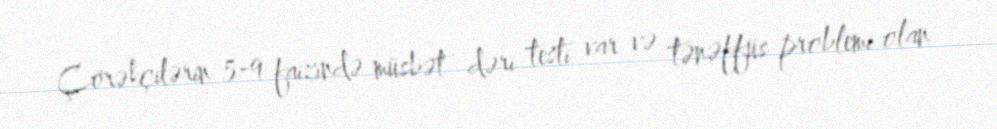
Çörəkçilərin 5-9 faizində müsbət dəri testi var və tənəffüs problemi olan